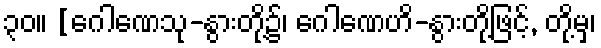
၃၀။ [ဂေါဏေသု-နွားတို့၌၊ ဂေါဏေဟိ-နွားတို့ဖြင့်, တို့မှ၊